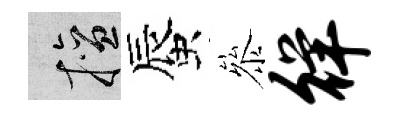
擅蜃叅徉